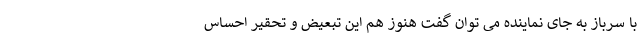
با سرباز به جای نماینده می توان گفت هنوز هم این تبعیض و تحقیر احساس